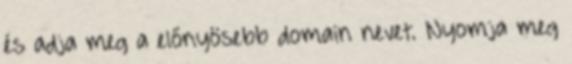
és adja meg a előnyösebb domain nevet. Nyomja meg